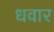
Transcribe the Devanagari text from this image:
धवार